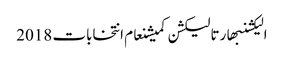
الیکشنبھارتالیکشن کمیشنعام انتخابات 2018